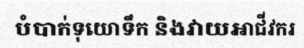
បំបាក់ទុយោទឹក និងវាយអាជីវករ